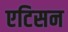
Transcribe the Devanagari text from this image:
एटिसन